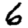
Digit: 6